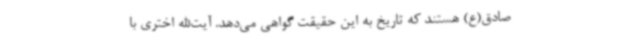
صادق(ع) هستند که تاریخ به این حقیقت گواهی می‌دهد. آیت‌الله اختری با